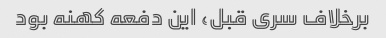
برخلاف سری قبل، این دفعه کهنه بود